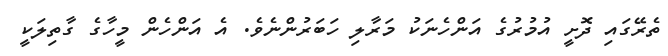
ތެރޭގައި ދޮށީ އުމުރުގެ އަންހެނަކު މަރާލި ހަބަރުންނެވެ. އެ އަންހެން މީހާގެ ގާތިލަކީ